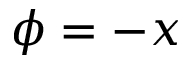
\phi = - x